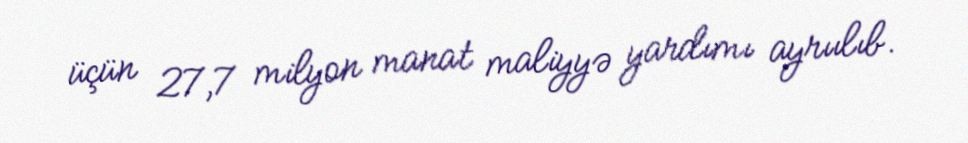
üçün 27,7 milyon manat maliyyə yardımı ayrıılıb.